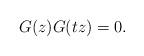
LaTeX: \begin{align*}G(z)G(tz)=0. \end{align*}